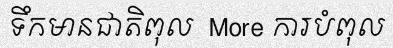
ទឹកមានជាតិពុល  More ការបំពុល